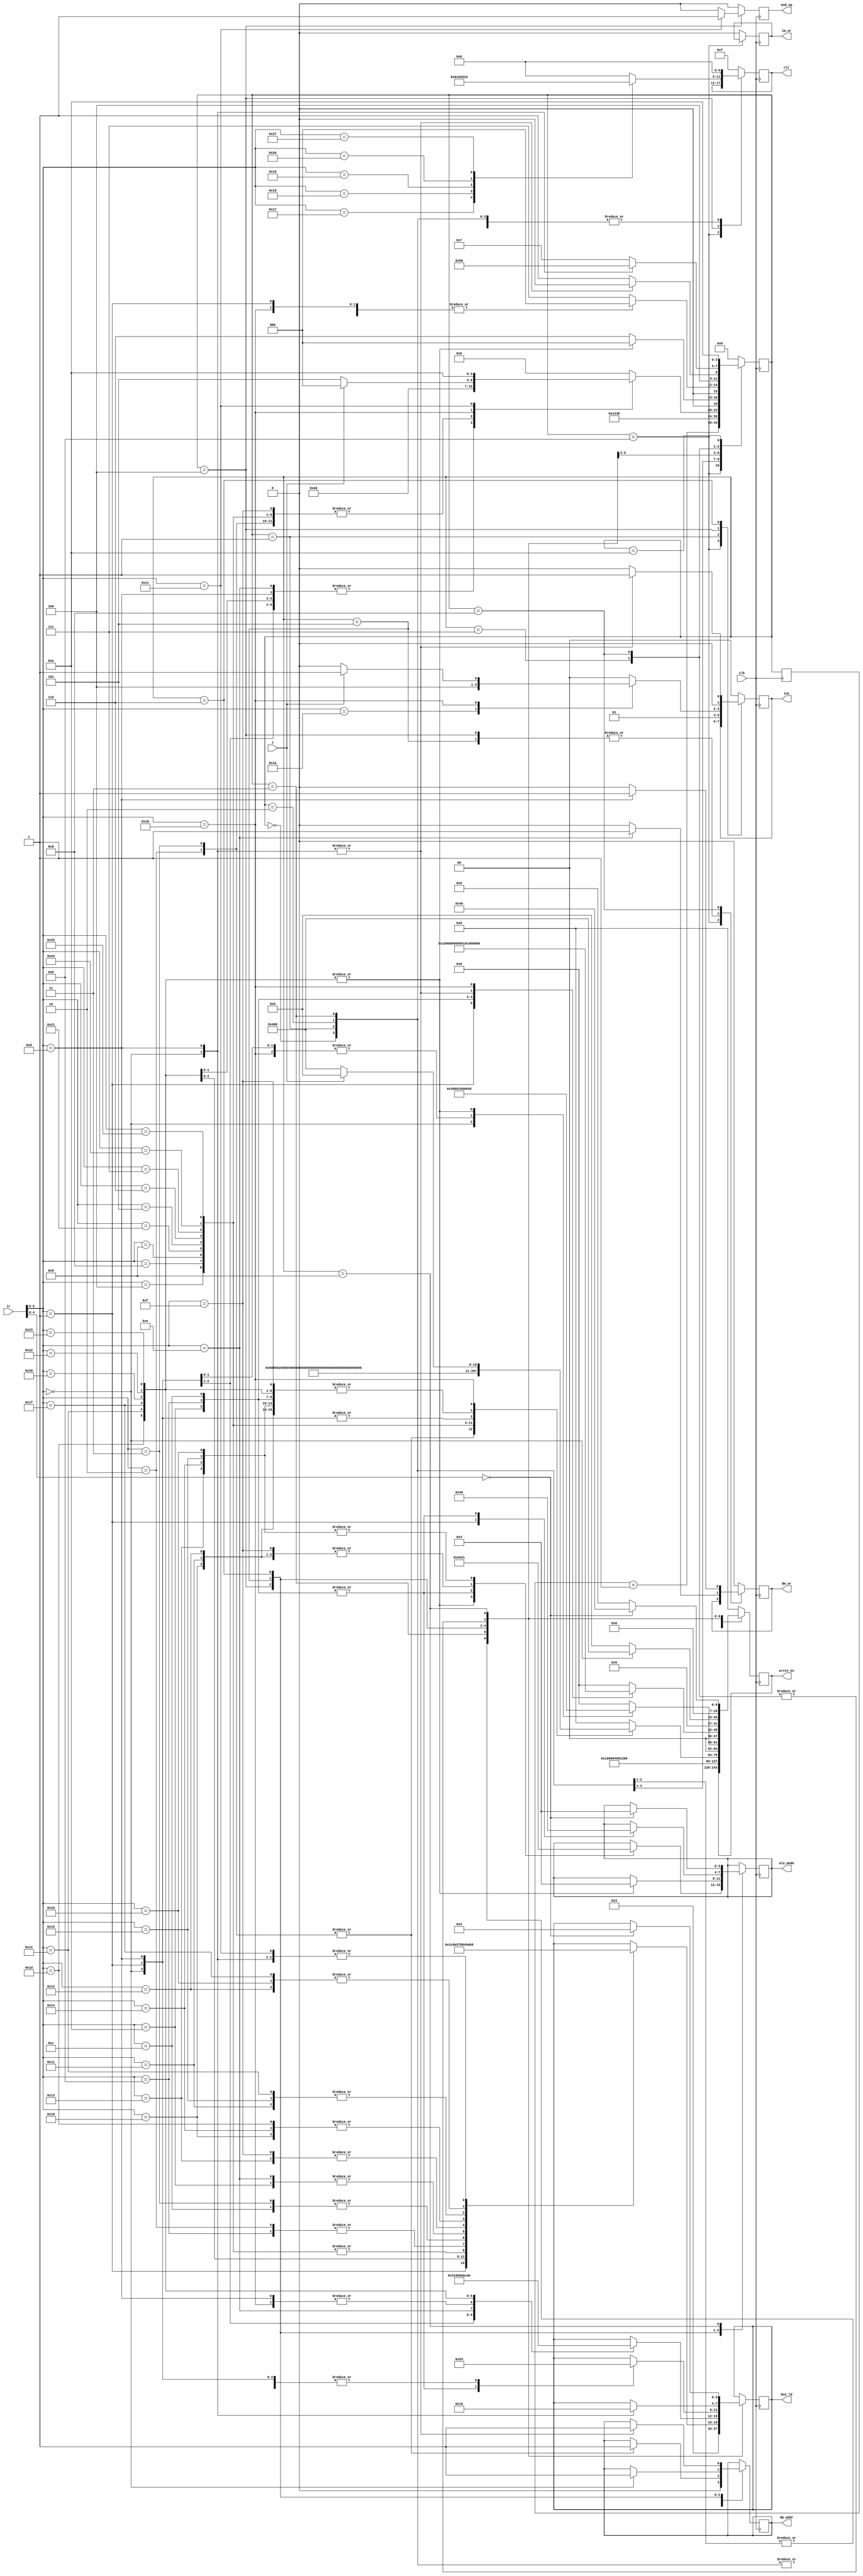
module control_unit
(input [7:0] ir,
 input clk,
 input z,

 output reg end_op, output reg [1:0] inc, output reg [3:0] alu_mode, output reg[3:0] bus_ld ,
 output reg [15:0] write_en, output reg [5:0] clr, output reg dm_wr , im_wr , dm_addr = 1'b0);

 parameter FETCH1 = 4'd0, FETCH2 = 4'd1, FETCHX = 4'd2, FETCH3 = 4'd3, EXEC1 = 4'd4, EXECX = 4'd5, EXEC2 = 4'd6,
 EXEC3 = 4'd7, EXECY = 4'd8, EXEC4 = 4'd9, IDLE = 4'd10, PASS = 4'd11;

 reg[3:0] stage, next_stage = FETCH1, prev_stage;
 
 //---------------------------------------------------------------------------
 
 //WRITE_EN 0   0   0   0  0  0  0  0  0 0	0	0	0	0	0   0
 //	   		Ra  Rb	ARB AR PC DR IR R TR AC	R1	R2	Ri Rj	Rk  R3
 
//BUS_LD 	0     1     2  3  4  5    6    7  8	9	10	11	 12	(Dec Val/3bit BINARY)0-->5 busread 
 //	     IMEMB DMEMB PC DR R  AC  TR	R1	R2	Ri	Rj	Rk   R3
 
 
 //MEM_FUNC  0        1         2          (DEC VALS) 
 //          IMEMREAD DMEMREAD DMEMWRITE               WHEN DMEMREAD -> TOMEM = 0
																	//WHEN DMEMWRITE -> TOMEM = 1
	 
// write_en
//inc
//alu_mode
//bus_ld
//clr
//dm_wr
//im_wr 
 //---------------------------------------------------------------------------

 
 always @(posedge clk)
 begin
 prev_stage <= next_stage;
 stage = next_stage;
 
 case (stage)
 PASS:
 begin
	next_stage <= prev_stage + 4'd1 ;
	end_op <= 1'b0;
 end

 FETCH1 :
 begin
 write_en <= 16'b0001000000000000 ; //ar
 inc <= 2'b00;
 dm_addr <=1'b0;
 clr <= 6'b000000;
 dm_wr <=1'b0;
 im_wr <=1'b0;
 next_stage <= FETCH2 ;
 end_op <= 1'b0;
 end
 
 FETCH2:
 begin
 write_en <= 16'b0000010000000000 ; //dr
 inc <= 2'b01; //pc
 dm_addr <=1'b0;
 bus_ld <= 4'd0;//i_mem
 clr <= 6'b000000;
 dm_wr <=1'b0;
 im_wr <=1'b0;
 next_stage <= FETCHX ;
 end_op <= 1'b0;
 end

 FETCHX:
 begin
 write_en <= 16'b0000010000000000 ; //dr
 inc <= 2'b00; //pc
 dm_addr <=1'b0;
 bus_ld <= 4'd0;//i_mem
 clr <= 6'b000000;
 dm_wr <=1'b0;
 im_wr <=1'b0;
 next_stage <= FETCH3 ;
 end_op <= 1'b0;
 end
 
 FETCH3:
 begin
 write_en <= 16'b0001001000000000 ; //ar ir
 inc <= 2'b00;
 dm_addr <=1'b0;
 bus_ld <= 4'd3;//dr
 clr <= 6'b000000;
 dm_wr <=1'b0;
 im_wr <=1'b0;
 next_stage <= PASS ;
 end_op <= 1'b0;
 end

//  FETCHY:
//  begin
//  write_en <= 16'b0000001000000000 ; //ir
//  inc <= 2'b00;
//  bus_ld <= 4'd3;//dr
//  clr <= 4'b0000;
//  dm_wr <=1'b0;
//  im_wr <=1'b0;
//  next_stage <= EXEC1 ;
//  end_op <= 1'b0;
//  end
 
 EXEC1:
 begin
	case (ir[5:0])
	
	6'd0:
	begin //LDACI
	 write_en <= 16'b0000010000000000 ; //dr
	 inc <= 2'b00;
	 bus_ld <= 4'd0;//imem
	 clr <= 6'b000000;
	 dm_wr <=1'b0;
	 im_wr <=1'b0;
	 next_stage <= EXECX ;
	 end_op <= 1'b0;
	end
	
	6'd1:
	begin //LDAC
	 write_en <= 16'b0000010000000000 ; //dr
	 inc <= 2'b00;
	 bus_ld <= 4'd1;//dmem
	 clr <= 6'b000000;
	 dm_wr <=1'b0;
	 im_wr <=1'b0;
	 next_stage <= EXECX ;
	 end_op <= 1'b0;
	end

	6'd29:
	begin //LDACRi
	 write_en <= 16'b0000000001000000 ; //ac
	 inc <= 2'b00;
	 bus_ld <= 4'd9;//ri
	 clr <= 6'b000000;
	 dm_wr <=1'b0;
	 im_wr <=1'b0;
	 alu_mode <= 3'd4; //pass
	 next_stage <= FETCH1;
	 end_op <= 1'b0;
	end

	6'd30:
	begin //LDACRj
	 write_en <= 16'b0000000001000000 ; //ac
	 inc <= 2'b00;
	 bus_ld <= 4'd10;//rj
	 clr <= 6'b000000;
	 dm_wr <=1'b0;
	 im_wr <=1'b0;
	 alu_mode <= 3'd4; //pass
	 next_stage <= FETCH1;
	 end_op <= 1'b0;
	end

	6'd31:
	begin //LDACRk
	 write_en <= 16'b0000000001000000 ; //ac
	 inc <= 2'b00;
	 bus_ld <= 4'd11;//rk
	 clr <= 6'b000000;
	 dm_wr <=1'b0;
	 im_wr <=1'b0;
	 alu_mode <= 3'd4; //pass
	 next_stage <= FETCH1;
	 end_op <= 1'b0;
	end

	6'd32:
	begin //LDACR3
	 write_en <= 16'b0000000001000000 ; //ac
	 inc <= 2'b00;
	 bus_ld <= 4'd12;//r3
	 clr <= 6'b000000;
	 dm_wr <=1'b0;
	 im_wr <=1'b0;
	 alu_mode <= 3'd4; //pass
	 next_stage <= FETCH1;
	 end_op <= 1'b0;
	end

	6'd34:
	begin //LDACRa
	 write_en <= 16'b0000000001000000 ; //ac
	 inc <= 2'b00;
	 bus_ld <= 4'd13;//ra
	 clr <= 6'b000000;
	 dm_wr <=1'b0;
	 im_wr <=1'b0;
	 alu_mode <= 3'd4; //pass
	 next_stage <= EXECX;
	 end_op <= 1'b0;
	end

	6'd35:
	begin //LDACRb
	 write_en <= 16'b0000000001000000 ; //ac
	 inc <= 2'b00;
	 bus_ld <= 4'd14;//ra
	 clr <= 6'b000000;
	 dm_wr <=1'b0;
	 im_wr <=1'b0;
	 alu_mode <= 3'd4; //pass
	 next_stage <= EXECX;
	 end_op <= 1'b0;
	end
	
	6'd2: 
	begin //LDARR1
	 write_en <= 16'b0011000000000000 ; //arb ar
	 dm_addr <=1'b1;
	 inc <= 2'b00;
	 bus_ld <= 4'd7;//r1
	 clr <= 6'b000000;
	 dm_wr <=1'b0;
	 im_wr <=1'b0;
	 next_stage <= FETCH1 ;
	 end_op <= 1'b0;
	end
	
	6'd3: 
	begin //LDARR2
	 write_en <= 16'b0011000000000000 ; //arb ar
	 dm_addr <=1'b1;
	 inc <= 2'b00;
	 bus_ld <= 4'd8;//r2
	 clr <= 6'b000000;
	 dm_wr <=1'b0;
	 im_wr <=1'b0;
	 next_stage <= FETCH1 ;
	 end_op <= 1'b0;
	end	
	
	6'd4: 
	begin //MVACR
	 write_en <= 16'b0000000100000000 ; //r
	 inc <= 2'b00;
	 bus_ld <= 4'd5;//ac
	 clr <= 4'b0000;
	 dm_wr <=1'b0;
	 im_wr <=1'b0;
	 next_stage <= FETCH1 ;
	 end_op <= 1'b0;
	end

	6'd8: 
	begin //MVACR1
	 write_en <= 16'b0000000000100000 ; //r1
	 inc <= 2'b00;
	 bus_ld <= 4'd5;//ac
	 clr <= 6'b000000;
	 dm_wr <=1'b0;
	 im_wr <=1'b0;
	 next_stage <= FETCH1 ;
	 end_op <= 1'b0;
	end

	6'd9: 
	begin //MVACR2
	 write_en <= 16'b0000000000010000 ; //r2
	 inc <= 2'b00;
	 bus_ld <= 4'd5;//ac
	 clr <= 6'b000000;
	 dm_wr <=1'b0;
	 im_wr <=1'b0;
	 next_stage <= FETCH1 ;
	 end_op <= 1'b0;
	end

	6'd33: 
	begin //MVACR3
	 write_en <= 16'b0000000000000001 ; //r3
	 inc <= 2'b00;
	 bus_ld <= 4'd5;//ac
	 clr <= 6'b000000;
	 dm_wr <=1'b0;
	 im_wr <=1'b0;
	 next_stage <= FETCH1 ;
	 end_op <= 1'b0;
	end

	6'd5: 
	begin //MVACRi
	 write_en <= 16'b0000000000001000 ; //ri
	 inc <= 2'b00;
	 bus_ld <= 4'd5;//ac
	 clr <= 6'b000000;
	 dm_wr <=1'b0;
	 im_wr <=1'b0;
	 next_stage <= FETCH1 ;
	 end_op <= 1'b0;
	end

	6'd6: 
	begin //MVACRj
	 write_en <= 16'b0000000000000100 ; //rj
	 inc <= 2'b00;
	 bus_ld <= 4'd5;//ac
	 clr <= 4'b0000;
	 dm_wr <=1'b0;
	 im_wr <=1'b0;
	 next_stage <= FETCH1 ;
	 end_op <= 1'b0;
	end

	6'd7: 
	begin //MVACRk
	 write_en <= 16'b0000000000000010 ; //rk
	 inc <= 2'b00;
	 bus_ld <= 4'd5;//ac
	 clr <= 6'b000000;
	 dm_wr <=1'b0;
	 im_wr <=1'b0;
	 next_stage <= FETCH1 ;
	 end_op <= 1'b0;
	end	

	6'd36: 
	begin //MVACRa
	 write_en <= 16'b1000000000000010 ; //ra
	 inc <= 2'b00;
	 bus_ld <= 4'd5;//ac
	 clr <= 6'b000000;
	 dm_wr <=1'b0;
	 im_wr <=1'b0;
	 next_stage <= FETCH1 ;
	 end_op <= 1'b0;
	end	
	
	6'd37: 
	begin //MVACRb
	 write_en <= 16'b0100000000000000 ; //rb
	 inc <= 2'b00;
	 bus_ld <= 4'd5;//ac
	 clr <= 6'b000000;
	 dm_wr <=1'b0;
	 im_wr <=1'b0;
	 next_stage <= FETCH1 ;
	 end_op <= 1'b0;
	end

	6'd10:
	begin //ADDTR   //have an issue here.....................................................
	 write_en <= 16'b0000000001000000 ; //ac
	 inc <= 2'b00;
	 bus_ld <= 4'd6;//tr
	 clr <= 6'b000000;
	 dm_wr <=1'b0;
	 im_wr <=1'b0;
	 alu_mode <= 3'd0;		//add
	 next_stage <= EXEC2;
	 end_op <= 1'b0;
	end
	
	6'd11:
	begin //ADDR1
	 write_en <= 16'b0000000001000000 ; //ac
	 inc <= 2'b00;
	 bus_ld <= 4'd7;//r1
	 clr <= 6'b000000;
	 dm_wr <=1'b0;
	 im_wr <=1'b0;
	 alu_mode <= 3'd0;		//add
	 next_stage <= EXEC2;
	 end_op <= 1'b0;
	end	
	
	6'd12:
	begin //ADDR2
	 write_en <= 16'b0000000001000000 ; //ac
	 inc <= 2'b00;
	 bus_ld <= 4'd8;//r2
	 clr <= 6'b000000;
	 dm_wr <=1'b0;
	 im_wr <=1'b0;
	 alu_mode <= 3'd0;		//add
	 next_stage <= EXEC2;
	 end_op <= 1'b0;
	end

	6'd13:	
	begin //STACI
	 write_en <= 16'b0000010000000000 ; //dr
	 inc <= 2'b00;
	 bus_ld <= 4'd0;//imem
	 clr <= 6'b000000;
	 dm_wr <=1'b0;
	 im_wr <=1'b0;
	 next_stage <= EXECX;
	 end_op <= 1'b0;
	end		
		
	6'd14:
	begin //STTR
	 write_en <= 16'b0000000000000000 ; //dr
	 inc <= 2'b00;
	 bus_ld <= 4'd6;//tr
	 clr <= 6'b000000;
	 dm_wr <=1'b1;
	 im_wr <=1'b0;
	 next_stage <= EXECX ;
	 end_op <= 1'b0;	
	end
	
	6'd15: //MULT
	begin 
	 write_en <= 16'b0000000001000000 ; //ac
	 inc <= 2'b00;
	 bus_ld <= 4'd4;//r
	 clr <= 6'b000000;
	 dm_wr <=1'b0;
	 im_wr <=1'b0;
	 alu_mode <= 3'd2; //mult
	 next_stage <= FETCH1;
	 end_op <= 1'b0;
	end
	
	6'd16: //MULTRi
	begin 
	 write_en <= 16'b0000000001000000 ; //ac
	 inc <= 2'b00;
	 bus_ld <= 4'd9;//ri
	 clr <= 6'b000000;
	 dm_wr <=1'b0;
	 im_wr <=1'b0;
	 alu_mode <= 3'd2; //mult
	 next_stage <= FETCH1;
	 end_op <= 1'b0;
	end	

	6'd17: //MULTRj
	begin 
	 write_en <= 16'b0000000001000000 ; //ac
	 inc <= 2'b00;
	 bus_ld <= 4'd10;//rj
	 clr <= 6'b000000;
	 dm_wr <=1'b0;
	 im_wr <=1'b0;
	 alu_mode <= 3'd2; //mult
	 next_stage <= FETCH1;
	 end_op <= 1'b0;
	end

	6'd18: //MULTRk
	begin 
	 write_en <= 16'b0000000001000000 ; //ac
	 inc <= 2'b00;
	 bus_ld <= 4'd11;//rk
	 clr <= 6'b000000;
	 dm_wr <=1'b0;
	 im_wr <=1'b0;
	 alu_mode <= 3'd2; //mult
	 next_stage <= FETCH1;
	 end_op <= 1'b0;
	end		
	
	6'd19: //SUB
	begin
	 write_en <= 16'b0000000001000000 ; //ac
	 inc <= 2'b00;
	 bus_ld <= 4'd4;//r
	 clr <= 6'b000000;
	 dm_wr <=1'b0;
	 im_wr <=1'b0;
	 alu_mode <= 3'd1; //sub
	 next_stage <= FETCH1;
	 end_op <= 1'b0;	
	end
	
	6'd20: //SUBRi
	begin
	 write_en <= 16'b0000000001000000 ; //ac
	 inc <= 2'b00;
	 bus_ld <= 4'd9;//ri
	 clr <= 6'b000000;
	 dm_wr <=1'b0;
	 im_wr <=1'b0;
	 alu_mode <= 3'd1; //sub
	 next_stage <= FETCH1;
	 end_op <= 1'b0;	
	end	
	
	6'd21: //SUBRj
	begin
	 write_en <= 16'b0000000001000000 ; //ac
	 inc <= 2'b00;
	 bus_ld <= 4'd10;//rj
	 clr <= 6'b000000;
	 dm_wr <=1'b0;
	 im_wr <=1'b0;
	 alu_mode <= 3'd1; //sub
	 next_stage <= FETCH1;
	 end_op <= 1'b0;	
	end

	6'd22: //SUBRk
	begin
	 write_en <= 16'b0000000001000000 ; //ac
	 inc <= 2'b00;
	 bus_ld <= 4'd11;//rk
	 clr <= 6'b000000;
	 dm_wr <=1'b0;
	 im_wr <=1'b0;
	 alu_mode <= 3'd1; //sub
	 next_stage <= FETCH1;
	 end_op <= 1'b0;	
	end		
	
	6'd23: //CLRR
	begin
	 write_en <= 16'b0000000000000000 ;
	 inc <= 2'b00;
	 clr <= 6'b001000; //r
	 dm_wr <=1'b0;
	 im_wr <=1'b0;
	 next_stage <= FETCH1;
	 end_op <= 1'b0;		
	end
	
	6'd24: //CLRAC
	begin
	 write_en <= 16'b0000000000000000 ;
	 inc <= 2'b00;
	 clr <= 6'b000100; //ac
	 dm_wr <=1'b0;
	 im_wr <=1'b0;
	 next_stage <= FETCH1;
	 end_op <= 1'b0;		
	end	
	
	6'd25: //CLRTR
	begin
	 write_en <= 16'b0000000000000000 ;
	 inc <= 2'b00;
	 clr <= 6'b000010; //tr
	 dm_wr <=1'b0;
	 im_wr <=1'b0;
	 next_stage <= FETCH1;
	 end_op <= 1'b0;		
	end	

	6'd38: //CLRR1
	begin
	 write_en <= 16'b0000000000000000 ;
	 inc <= 2'b00;
	 clr <= 6'b100000; //r1
	 dm_wr <=1'b0;
	 im_wr <=1'b0;
	 next_stage <= FETCH1;
	 end_op <= 1'b0;		
	end	

	6'd39: //CLRR2
	begin
	 write_en <= 16'b0000000000000000 ;
	 inc <= 2'b00;
	 clr <= 6'b010000; //r2
	 dm_wr <=1'b0;
	 im_wr <=1'b0;
	 next_stage <= FETCH1;
	 end_op <= 1'b0;		
	end			
	
	6'd26: //INCAC
	begin
	 write_en <= 16'b0000000000000000 ;
	 inc <= 2'b10; //ac
	 clr <= 6'b000000;
	 dm_wr <=1'b0;
	 im_wr <=1'b0;
	 next_stage <= FETCH1;
	 end_op <= 1'b0;	
	end
	
//	4'b1010:	//JUMPZ
//	begin
//	 if (z==1)
//		begin
//		 write_en <= 8'b00010000 ; //dr
//		 inc <= 2'b00;
//		 bus_ld <= 3'd0;//imem
//		 clr <= 3'b000;
//		 dm_wr <=1'b0;
//		 im_wr <=1'b0;
//		 next_stage <= EXEC2 ;
//		 end_op <= 1'b0;
//		end
//	 else
//		begin
//		 write_en <= 8'b00000000 ;
//		 inc <= 2'b01; //pc
//		 bus_ld <= 3'd0;//imem
//		 clr <= 3'b000;
//		 dm_wr <=1'b0;
//		 im_wr <=1'b0;
//		 next_stage <= EXEC2 ;
//		 end_op <= 1'b0;
//		end 
//	end
	
	6'd27:	//JPNZ
	begin
	 if (z==0)
		begin
		 write_en <= 16'b0000010000000000 ; //dr
		 inc <= 2'b00;
		 bus_ld <= 4'd0;//imem
		 clr <= 6'b000000;
		 dm_wr <=1'b0;
		 im_wr <=1'b0;
		 next_stage <= EXECX ;
		 end_op <= 1'b0;
		end
	 else
		begin
		 write_en <= 16'b0000000000000000 ;
		 inc <= 2'b01; //pc
		 bus_ld <= 4'd0;//imem
		 clr <= 6'b000000;
		 dm_wr <=1'b0;
		 im_wr <=1'b0;
		 next_stage <= FETCH1 ;
		 end_op <= 1'b0;
		end
	end
	
	6'd28: //ENDOP
	begin
	 write_en <= 16'b0000000000000000 ;
	 inc <= 2'b00;
	 bus_ld <= 3'd0;//imem
	 clr <= 6'b000000;
	 dm_wr <=1'b0;
	 im_wr <=1'b0;
	 next_stage <= IDLE ;
	 end_op <= 1'b1;		
	end
	
	default : //NOOP
	begin
		write_en <= 16'b0000000000000000 ; //nothing
		inc <= 2'b00;
		clr <= 6'b000000;
		dm_wr <=1'b0;
		im_wr <=1'b0;
		end_op <= 1'b0;
		next_stage <= EXEC2 ;
	end
	
	endcase
	
 end
	
//-----------------------------------------
EXECX:
begin
	case(ir[5:0])

	6'd0:
	begin //LDACI
	 write_en <= 16'b0011000000000000 ; //arb ar
	 dm_addr <=1'b1;
	 inc <= 2'b00; //pc
	 bus_ld <= 4'd3;//dr
	 clr <= 6'b000000;
	 dm_wr <=1'b0;
	 im_wr <=1'b0;
	 next_stage <= EXEC2 ;
	 end_op <= 1'b0;
	end

	6'd1:
	begin //LDAC
	 write_en <= 16'b0000010000000000 ; //dr
	 inc <= 2'b00;
	 bus_ld <= 4'd1;//dmem
	 clr <= 6'b000000;
	 dm_wr <=1'b0;
	 im_wr <=1'b0;
	 next_stage <= EXEC2 ;
	 end_op <= 1'b0;
	end

	6'd13:	
	begin //STACI
	 write_en <= 16'b0000010000000000 ; //dr
	 inc <= 2'b00;
	 bus_ld <= 4'd0;//imem
	 clr <= 6'b000000;
	 dm_wr <=1'b0;
	 im_wr <=1'b0;
	 next_stage <= EXEC2;
	 end_op <= 1'b0;
	end	

	6'd14:
	begin //STTR
	 write_en <= 16'b0000000000000000 ; //dr
	 inc <= 2'b00;
	 bus_ld <= 4'd6;//imem
	 clr <= 6'b000000;
	 dm_wr <=1'b1;
	 im_wr <=1'b0;
	 next_stage <= EXEC2 ;
	 end_op <= 1'b0;	
	end
	
	6'd27:
	begin
	 write_en <= 16'b0000010000000000 ; //dr
	 inc <= 2'b00;
	 bus_ld <= 4'd0;//imem
	 clr <= 6'b000000;
	 dm_wr <=1'b0;
	 im_wr <=1'b0;
	 next_stage <= EXEC2 ;
	 end_op <= 1'b0;
	end

	6'd29:
	begin //LDACRi
	 write_en <= 16'b0000000001000000 ; //ac
	 inc <= 2'b00;
	 bus_ld <= 4'd9;//ri
	 clr <= 6'b000000;
	 dm_wr <=1'b0;
	 im_wr <=1'b0;
	 alu_mode <= 3'd4; //pass
	 next_stage <= FETCH1;
	 end_op <= 1'b0;
	end

	6'd30:
	begin //LDACRj
	 write_en <= 16'b0000000001000000 ; //ac
	 inc <= 2'b00;
	 bus_ld <= 4'd10;//rj
	 clr <= 6'b000000;
	 dm_wr <=1'b0;
	 im_wr <=1'b0;
	 alu_mode <= 3'd4; //pass
	 next_stage <= FETCH1;
	 end_op <= 1'b0;
	end

	6'd31:
	begin //LDACRk
	 write_en <= 16'b0000000001000000 ; //ac
	 inc <= 2'b00;
	 bus_ld <= 4'd11;//rk
	 clr <= 6'b000000;
	 dm_wr <=1'b0;
	 im_wr <=1'b0;
	 alu_mode <= 3'd4; //pass
	 next_stage <= FETCH1;
	 end_op <= 1'b0;
	end

	6'd32:
	begin //LDACR3
	 write_en <= 16'b0000000001000000 ; //ac
	 inc <= 2'b00;
	 bus_ld <= 4'd12;//r3
	 clr <= 6'b000000;
	 dm_wr <=1'b0;
	 im_wr <=1'b0;
	 alu_mode <= 3'd4; //pass
	 next_stage <= FETCH1;
	 end_op <= 1'b0;
	end

	6'd34:
	begin //LDACRa
	 write_en <= 16'b0000000001000000 ; //ac
	 inc <= 2'b00;
	 bus_ld <= 4'd13;//ra
	 clr <= 6'b000000;
	 dm_wr <=1'b0;
	 im_wr <=1'b0;
	 alu_mode <= 3'd4; //pass
	 next_stage <= FETCH1;
	 end_op <= 1'b0;
	end

	6'd35:
	begin //LDACRb
	 write_en <= 16'b0000000001000000 ; //ac
	 inc <= 2'b00;
	 bus_ld <= 4'd14;//rB
	 clr <= 6'b000000;
	 dm_wr <=1'b0;
	 im_wr <=1'b0;
	 alu_mode <= 3'd4; //pass
	 next_stage <= FETCH1;
	 end_op <= 1'b0;
	end

	default : //NOOP
	begin
		write_en <= 16'b0000000000000000 ; //nothing
		inc <= 2'b00;
		clr <= 6'b000000;
		dm_wr <=1'b0;
		im_wr <=1'b0;
		end_op <= 1'b0;
		next_stage <= EXEC2 ;
	end
	endcase

end





//-----------------------------------------

	
 EXEC2:
 begin
	case (ir[5:0])
	
	6'd0:
	begin //LDACI
	 write_en <= 16'b0011000000000000 ; //arb ar
	 dm_addr <=1'b1;
	 inc <= 2'b01; //pc
	 bus_ld <= 4'd3;//dr
	 clr <= 6'b000000;
	 dm_wr <=1'b0;
	 im_wr <=1'b0;
	 next_stage <= EXEC3 ;
	 end_op <= 1'b0;
	end

	6'd1:
	begin //LDAC1
	 write_en <= 16'b0000000001000000 ; //ac
	 inc <= 2'b00;
	 bus_ld <= 4'd3;//dr
	 clr <= 6'b000000;
	 dm_wr <=1'b0;
	 im_wr <=1'b0;
	 alu_mode <= 3'd4; //pass
	 next_stage <= FETCH1 ;
	 end_op <= 1'b0;
	end	
	
	6'd10:
	begin //ADDTR   //have an issue here.....................................................
	 write_en <= 16'b0000000010000000 ; //tr
	 inc <= 2'b00;
	 bus_ld <= 4'd5;//ac
	 clr <= 6'b000000;
	 dm_wr <=1'b0;
	 im_wr <=1'b0;
	 alu_mode <= 3'd0; //sum
	 next_stage <= FETCH1;
	 end_op <= 1'b0;
	end
	
	6'd11:
	begin //ADDR1  
	 write_en <= 16'b0000000000100000 ; //r1
	 inc <= 2'b00;
	 bus_ld <= 4'd5;//ac
	 clr <= 6'b000000;
	 dm_wr <=1'b0;
	 im_wr <=1'b0;
	 alu_mode <= 3'd0; //sum
	 next_stage <= FETCH1;
	 end_op <= 1'b0;
	end	
	
	6'd12:
	begin //ADDR2  
	 write_en <= 16'b0000000000010000 ; //r2
	 inc <= 2'b00;
	 bus_ld <= 4'd5;//ac
	 clr <= 6'b000000;
	 dm_wr <=1'b0;
	 im_wr <=1'b0;
	 alu_mode <= 3'd0; //sum
	 next_stage <= FETCH1;
	 end_op <= 1'b0;
	end	
	
	6'd13:
	begin //STACI
	 write_en <= 16'b0011000000000000 ; //arb ar
	 inc <= 2'b01; //pc
	 dm_addr <=1'b1;
	 bus_ld <= 4'd3;//dr
	 clr <= 6'b000000;
	 dm_wr <=1'b0;
	 im_wr <=1'b0;
	 next_stage <= EXEC3 ;
	 end_op <= 1'b0;		
	end
	
//	4'b1010:	//JUMPZ
//	begin
//	 write_en <= 8'b10000000 ; //arb
//	 inc <= 2'b00;
//	 bus_ld <= 3'd3;//dr
//	 clr <= 3'b000;
//	 dm_wr <=1'b0;
//	 im_wr <=1'b0;
//	 next_stage <= EXEC3 ;
//	 end_op <= 1'b0;
//	end
	
	6'd27:	//JPNZ
	begin
	 write_en <= 16'b0000100000000000 ; //pc
	 inc <= 2'b00;
	 bus_ld <= 4'd3;//dr
	 clr <= 6'b000000;
	 dm_wr <=1'b0;
	 im_wr <=1'b0;
	 next_stage <= FETCH1 ;
	 end_op <= 1'b0;
	end
	
	default : //NOOP
	begin
		write_en <= 16'b0000000000000000 ; //nothing
		inc <= 2'b00;
		clr <= 6'b000000;
		dm_wr <=1'b0;
		im_wr <=1'b0;
		end_op <= 1'b0;
		next_stage <= EXEC3 ;
	end
	endcase
	
 end
	
//-----------------------------------------
	
 EXEC3:
 begin
	case (ir[5:0])
	
	6'd0:
	begin //LDACI
	 write_en <= 16'b0000010000000000 ; //dr
	 inc <= 2'b00;
	 bus_ld <= 4'd1;//dmem
	 clr <= 6'b000000;
	 dm_wr <=1'b0;
	 im_wr <=1'b0;
	 next_stage <= EXECY ;
	 end_op <= 1'b0;		
	end
	 	
	6'd13:
	begin //STACI --------------------- AC --> MEM
	 write_en <= 16'b0000000000000000 ; //nothing
	 inc <= 2'b00;
	 bus_ld <= 4'd5;//ac
	 clr <= 6'b000000;
	 dm_wr <=1'b0;
	 im_wr <=1'b0;
	 next_stage <= EXECY ;
	 end_op <= 1'b0;		
	end
	
	
	default : //NOOP
	begin
		write_en <= 16'b0000000000000000 ; //nothing
		inc <= 2'b00;
		clr <= 6'b000000;
		dm_wr <=1'b0;
		im_wr <=1'b0;
		end_op <= 1'b0;
		next_stage <= EXEC4 ;
	end
	endcase

 end

 //-----------------------------------------
	
 EXECY:
 begin
	case (ir[5:0])
	
	6'd0:
	begin //LDACI
	 write_en <= 16'b0000010000000000 ; //dr
	 inc <= 2'b00;
	 bus_ld <= 4'd1;//dmem
	 clr <= 6'b000000;
	 dm_wr <=1'b0;
	 im_wr <=1'b0;
	 next_stage <= EXEC4 ;
	 end_op <= 1'b0;		
	end

	6'd13:
	begin //STACI --------------------- AC --> MEM
	 write_en <= 16'b0000000000000000 ; //nothing
	 inc <= 2'b00;
	 bus_ld <= 4'd5;//ac
	 clr <= 6'b000000;
	 dm_wr <=1'b1;
	 im_wr <=1'b0;
	 next_stage <= FETCH1 ;
	 end_op <= 1'b0;		
	end

	default : //NOOP
	begin
		write_en <= 16'b0000000000000000 ; //nothing
		inc <= 2'b00;
		clr <= 6'b000000;
		dm_wr <=1'b0;
		im_wr <=1'b0;
		end_op <= 1'b0;
		next_stage <= EXEC3 ;
	end
	endcase
 end


 //----------------------------------------

 EXEC4:
 begin
	case (ir[4:0])
	6'd0:
	begin //LDACI
	 write_en <= 16'b0000000001000000 ; //ac
	 inc <= 2'b00;
	 bus_ld <= 4'd3;//dr
	 clr <= 6'b000000;
	 dm_wr <=1'b0;
	 im_wr <=1'b0;
	 alu_mode <= 3'd4; // pass
	 next_stage <= FETCH1 ;
	 end_op <= 1'b0;		
	end
	
	default : //NOOP
	begin
		write_en <= 16'b0000000000000000 ; //nothing
		inc <= 2'b00;
		clr <= 6'b000000;
		dm_wr <=1'b0;
		im_wr <=1'b0;
		end_op <= 1'b0;
		next_stage <= FETCH1 ;
	end
	endcase

 end
 
 IDLE:
 begin
 next_stage <= IDLE ;
 write_en <= 16'b0000000000000000 ; //nothing
 inc <= 2'b00;
 clr <= 6'b000000;
 dm_wr <=1'b0;
 im_wr <=1'b0;
 end_op <= 1'b0; 
 end
 
default:
 begin
 next_stage <= FETCH1;
 write_en <= 16'b0000000000000000 ; //nothing
 inc <= 2'b00;
 clr <= 6'b001111;
 dm_wr <=1'b0;
 im_wr <=1'b0;
 end_op <= 1'b0;
 end
endcase
end
endmodule